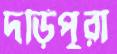
দড়িপুরা